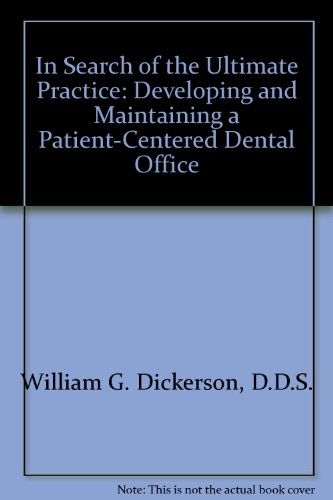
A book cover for In Search of the Ultimate Practice: Developing and Maintaining a Patient-Centered Dental Office; D.D.S. William G. Dickerson; Medical Books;